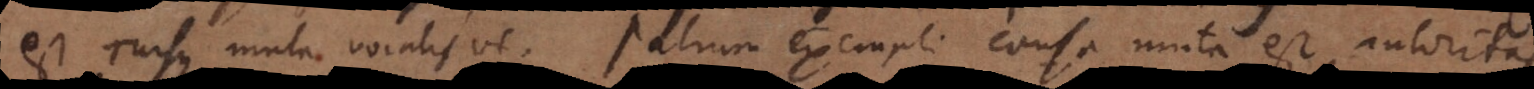
est rursus muta vocalisve. Patrum exempli causa muta est autoritas,